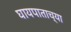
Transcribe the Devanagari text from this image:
घायपाताच्या